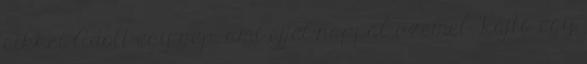
cikkei Adott egy gep, ami ejjel-nappal uzemel. Rajta egy